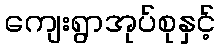
ကျေးရွာအုပ်စုနှင့်